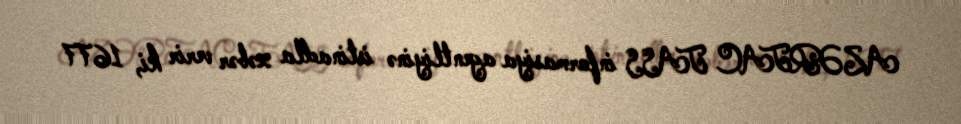
AZƏRTAC TASS informasiya agentliyinə istinadla xəbər verir ki, 1677